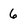
Character: 6